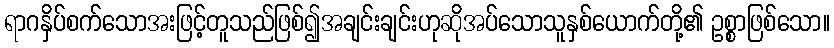
ရာဂနှိပ်စက်သောအးဖြင့်တူသည်ဖြစ်၍အချင်းချင်းဟုဆိုအပ်သောသူနှစ်ယောက်တို့၏ ဥစ္စာဖြစ်သော။